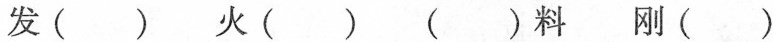
发( ) 火( ) ( )料 刚( )